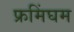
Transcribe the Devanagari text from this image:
फ्रमिंघम